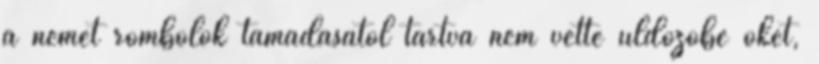
a német rombolók támadásától tartva nem vette üldözőbe őket,